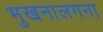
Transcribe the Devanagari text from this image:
भुखनालगना